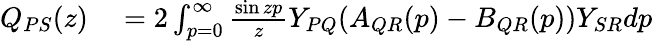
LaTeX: \begin{array}{rl}{Q_{PS}(z)}&{{}=2\int_{p=0}^{\infty}\frac{\sin{zp}}{z}Y_{PQ}(A_{QR}(p)-B_{QR}(p))Y_{SR}dp}\end{array}